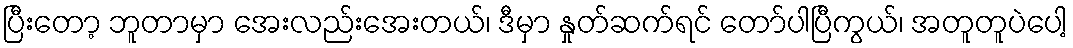
ပြီးတော့ ဘူတာမှာ အေးလည်းအေးတယ်၊ ဒီမှာ နှုတ်ဆက်ရင် တော်ပါပြီကွယ်၊ အတူတူပဲပေါ့